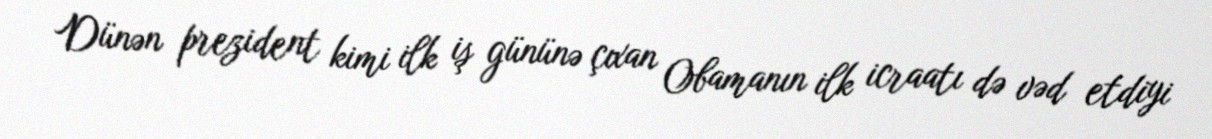
Dünən prezident kimi ilk iş gününə çıxan Obamanın ilk icraatı də vəd etdiyi